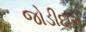
જોડીદારો